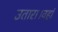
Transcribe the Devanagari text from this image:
उतारा।वहां